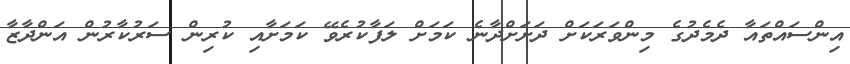
އިންސައްތައާ ދެމެދުގެ މިންވަރަކަށް ދަށަށްދާނެ ކަމަށް ލަފާކުރެވޭ ކަމަށާއި ކުރިން ސަރުކާރުން އަންދާޒާ